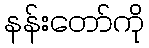
နန်းတော်ကို